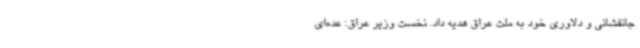
جانفشانی و دلاوری خود به ملت عراق هدیه داد. نخست وزیر عراق: عده‌ای